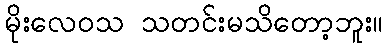
မိုးလေဝသ သတင်းမသိတော့ဘူး။